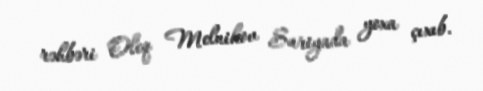
rəhbəri Oleq Melnikov Suriyada yoxa çıxıb.